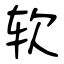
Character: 软